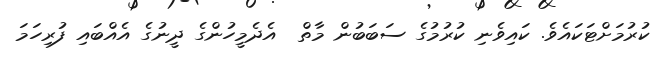
ކުރުމަށްޓަކައެވެ. ކައިވެނި ކުރުމުގެ ސަބަބުން މާތް  އެދެމީހުންގެ ދީނުގެ އެއްބައި ފުރިހަމަ